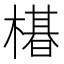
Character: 𬄛